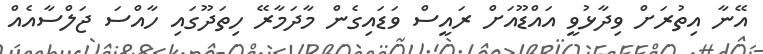
އޭނާ އިތުރަށް ވިދާޅުވީ އައްޑޫއަށް ރައީސް ވަޑައިގެން މާދަމާރޭ ހިތަދޫގައި ހާއްސަ ޖަލްސާއެއް